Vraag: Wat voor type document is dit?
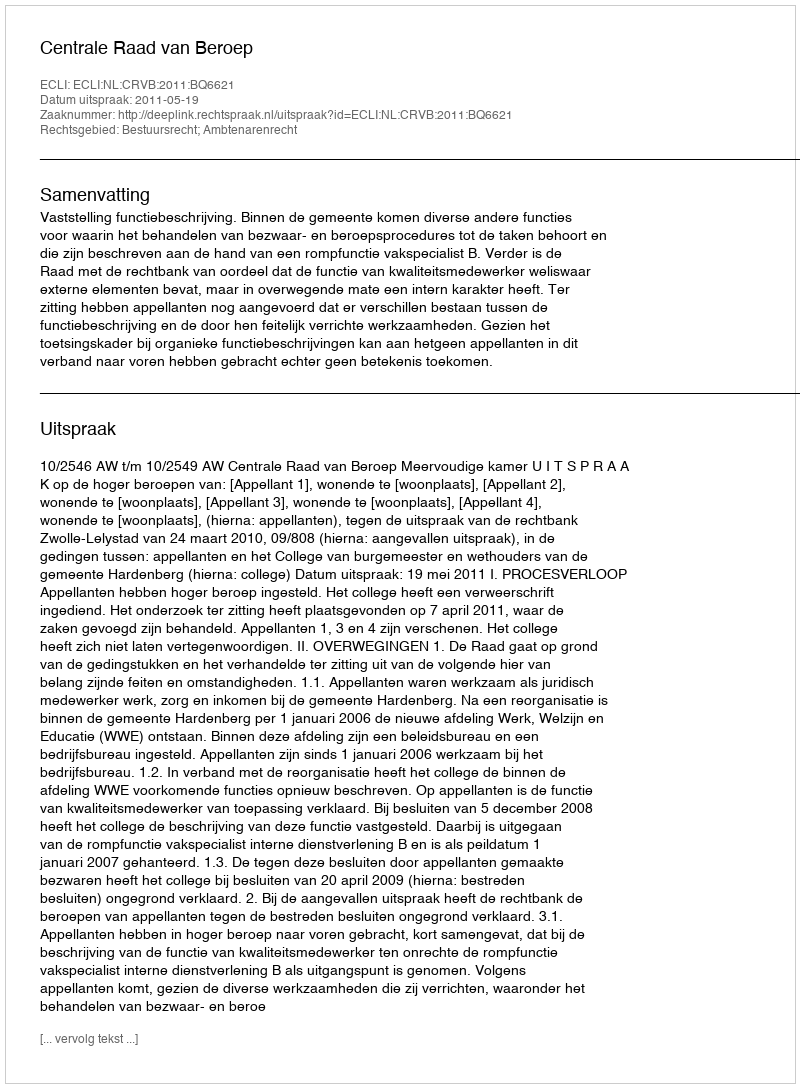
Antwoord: Uitspraak